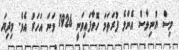
މިސް ޔުނިވާސް އެންމެ ފުރަތަމަ ހޮވާފައިވަނީ 1926 ވަނަ އަހަރު އެވެ. މިދިޔަ